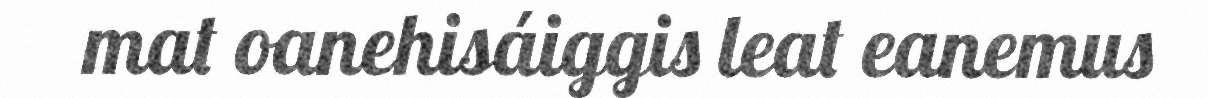
mat oanehisáiggis leat eanemus